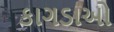
કાગડાઓ